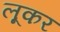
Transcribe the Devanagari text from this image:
लूकर